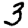
Digit: 3